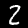
Digit: 2